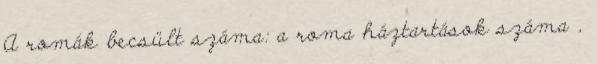
A romák becsült száma: a roma háztartások száma ,